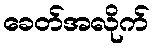
ခေတ်အလိုက်